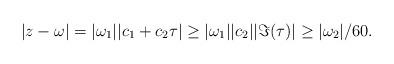
LaTeX: \begin{align*}|z-\omega| = |\omega_1||c_1 +c_2\tau| \geq |\omega_1||c_2||\Im(\tau)|\geq |\omega_2|/60.\end{align*}